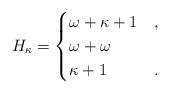
LaTeX: \begin{align*}H_{\kappa}=\begin{cases}\omega+\kappa+1 & , \\\omega+\omega & \\\kappa+1 & .\end{cases}\end{align*}